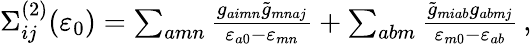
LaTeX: \begin{array}{r}{\Sigma_{ij}^{(2)}(\varepsilon_{0})=\sum_{amn}\frac{g_{aimn}\tilde{g}_{mnaj}}{\varepsilon_{a0}-\varepsilon_{mn}}+\sum_{abm}\frac{\tilde{g}_{miab}g_{abmj}}{\varepsilon_{m0}-\varepsilon_{ab}}\, ,}\end{array}